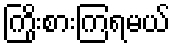
ကြိုးစားကြရမယ်